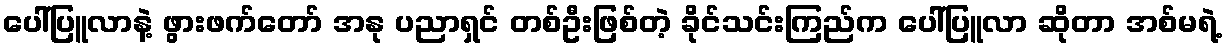
ပေါ်ပြူလာနဲ့ ဖွားဖက်တော် အနု ပညာရှင် တစ်ဦးဖြစ်တဲ့ ခိုင်သင်းကြည်က ပေါ်ပြူလာ ဆိုတာ အစ်မရဲ့